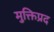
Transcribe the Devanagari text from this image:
मुक्तिप्रद